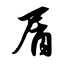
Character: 屑